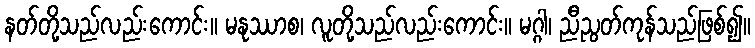
နတ်တို့သည်လည်းကောင်း။ မနုဿာစ၊ လူတို့သည်လည်းကောင်း။ မဂ္ဂါ၊ ညီညွတ်ကုန်သည်ဖြစ်၍။